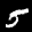
Label: 5